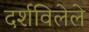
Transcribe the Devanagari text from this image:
दर्शविलेले